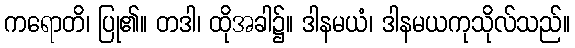
ကရောတိ၊ ပြု၏။ တဒါ၊ ထိုအခါ၌။ ဒါနမယံ၊ ဒါနမယကုသိုလ်သည်။